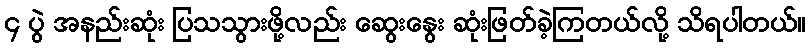
၄ ပွဲ အနည်းဆုံး ပြသသွားဖို့လည်း ဆွေးနွေး ဆုံးဖြတ်ခဲ့ကြတယ်လို့ သိရပါတယ်။